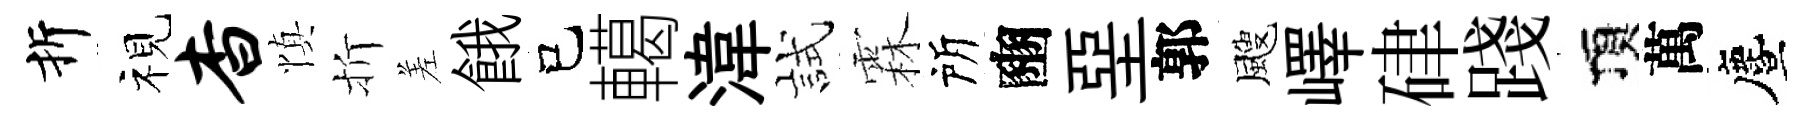
折视杳慎折差餓己轕湋試霖所豳堊郭颼嶧硉踐頂萬󵨌